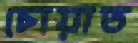
চোয়াত